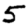
Digit: 5